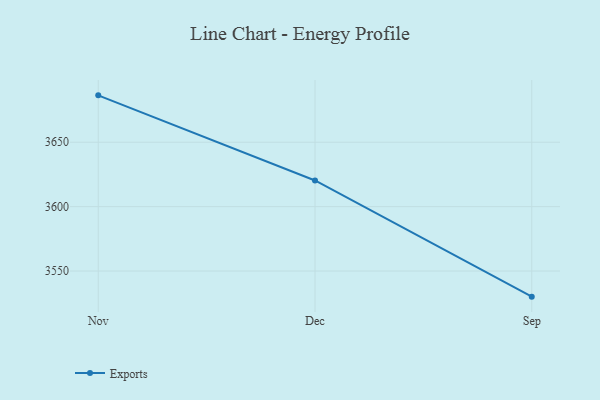
{"axis": {"x": "Month", "y": "Satisfaction Score"}, "legend": ["Exports"], "data": [{"x": "Nov", "y": 3686.4, "type": "Exports"}, {"x": "Dec", "y": 3620.3, "type": "Exports"}, {"x": "Sep", "y": 3530.1, "type": "Exports"}]}